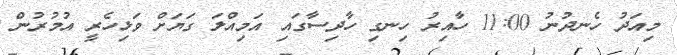
މިއަދު ހެނދުނު 11:00 ހާއިރު ހިނގި ހާދިސާގައި އަމިއްލަ ގަޔަށް ވަޅިހެރީ އުމުރުން